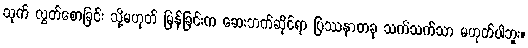
သုက် လွှတ်စောခြင်း သို့မဟုတ် မြန်ခြင်းက ဆေးဘက်ဆိုင်ရာ ပြဿနာတခု သက်သက်သာ မဟုတ်ပါဘူး။